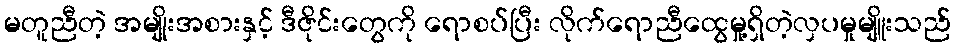
မတူညီတဲ့ အမျိုးအစားနှင့် ဒီဇိုင်းတွေကို ရောစပ်ပြီး လိုက်ရောညီထွေမှု့ရှိတဲ့လှပမှုမျိူးသည်